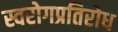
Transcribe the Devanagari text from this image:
स्वरोगप्रतिरोध